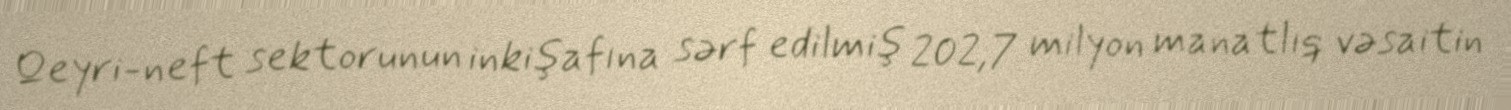
Qeyri-neft sektorunun inkişafına sərf edilmiş 202,7 milyon manatlıq vəsaitin